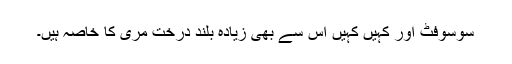
سوسوفٹ اور کہیں کہیں اس سے بھی زیادہ بلند درخت مری کا خاصہ ہیں۔